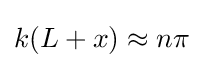
k(L+x)\approx n\pi